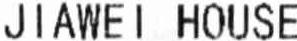
JIAWEI HOUSE